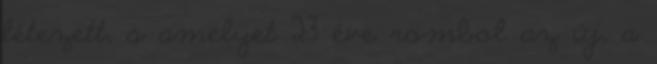
létezett, s amelyet 23 éve rombol az új, a